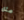
مثل